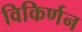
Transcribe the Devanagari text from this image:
विकिर्णन